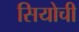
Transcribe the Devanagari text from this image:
सियोची